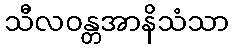
သီလဝန္တအာနိသံသာ